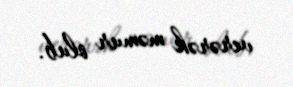
verərək məmur olub.